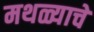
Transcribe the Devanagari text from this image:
मथळ्याचे